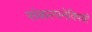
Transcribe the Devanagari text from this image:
संकल्पनेविषयी